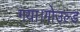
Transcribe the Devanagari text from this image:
गया।गोउल्‍ड